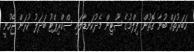
ޚަބަރުތައް ބުނާ ގޮތުން ފިލްމުގެ ޝޫޓިން މެދުކަނޑާލައި ސްކްރިޕްޓު ބަދަލު ކުރަން ޖެހުނީ